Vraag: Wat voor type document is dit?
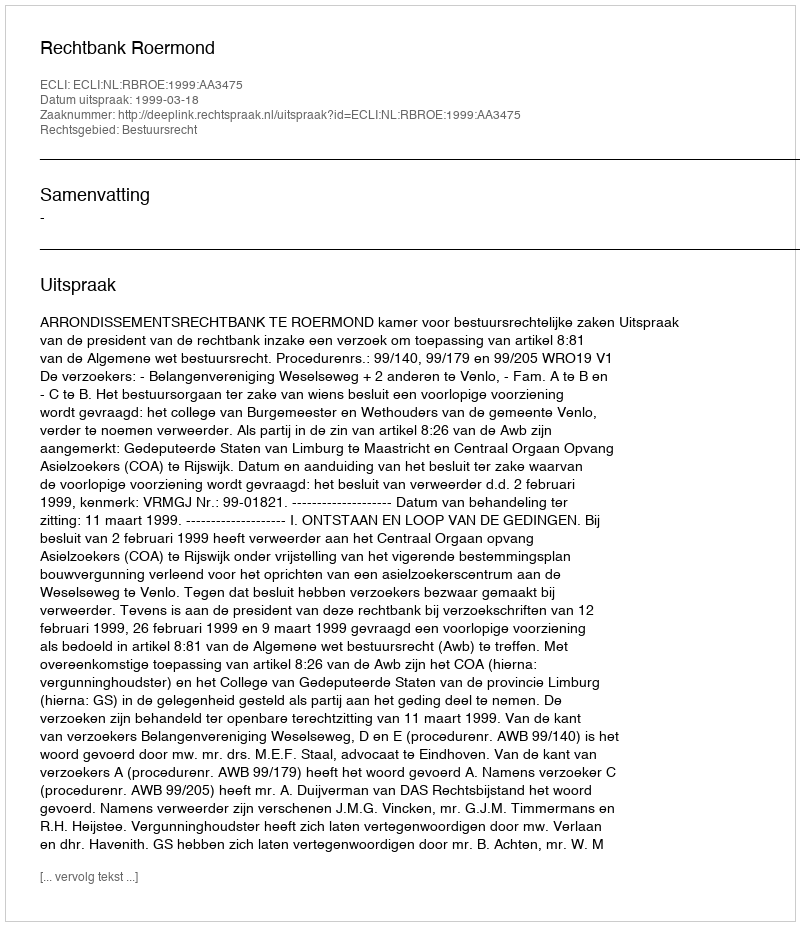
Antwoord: Uitspraak